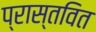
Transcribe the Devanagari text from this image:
प्रास्तवित